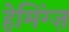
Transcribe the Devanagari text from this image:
हेमिंग्ज़